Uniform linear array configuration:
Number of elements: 32
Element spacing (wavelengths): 0.75
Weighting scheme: uniform
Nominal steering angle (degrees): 60
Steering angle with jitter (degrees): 60.952
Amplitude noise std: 0.05
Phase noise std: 0.05

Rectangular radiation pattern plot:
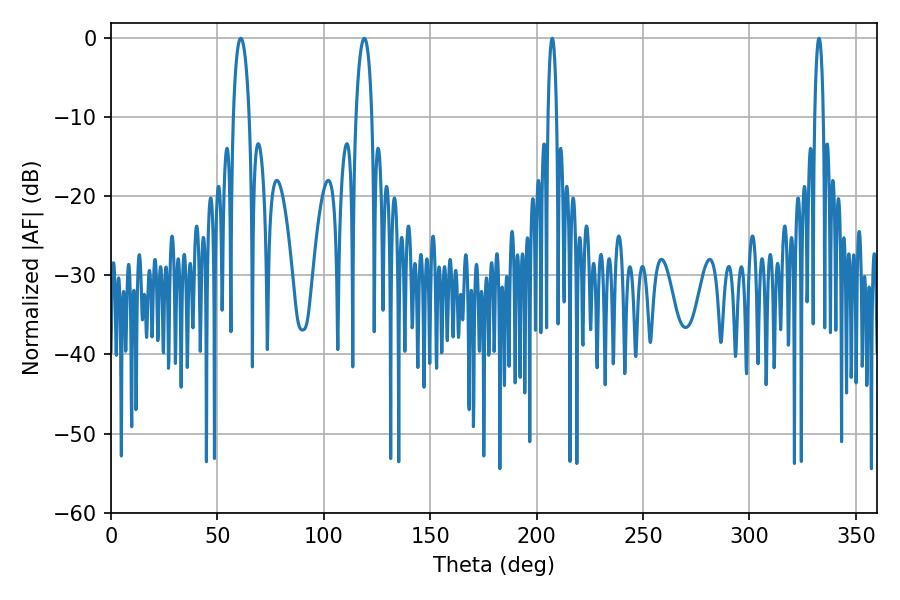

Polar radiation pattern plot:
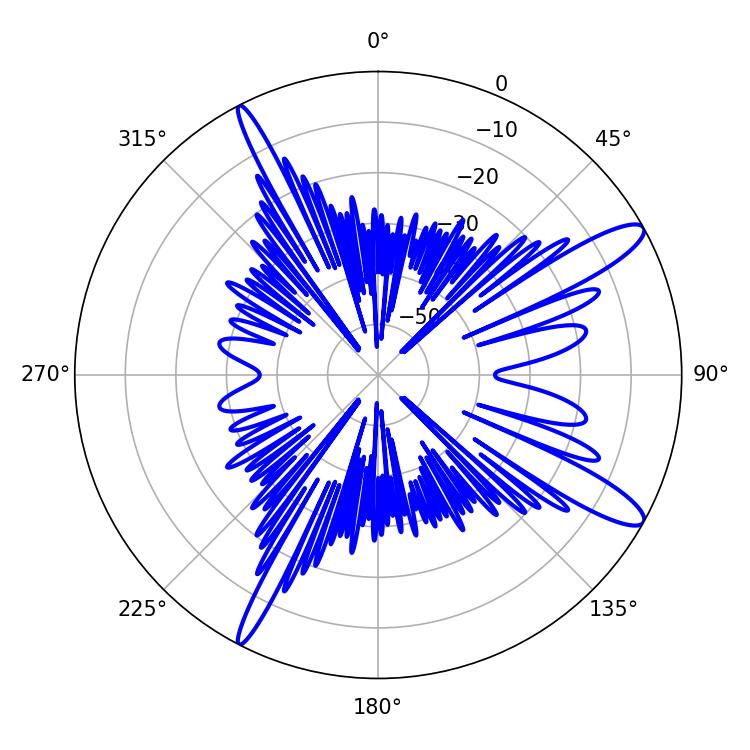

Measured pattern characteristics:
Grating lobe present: TRUE
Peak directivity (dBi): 12.716
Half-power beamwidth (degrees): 4.32
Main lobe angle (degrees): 61.02